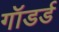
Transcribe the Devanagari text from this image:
गॉडर्ड